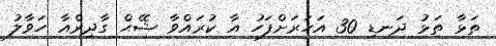
ތަޅާ ތަޅު ދަނޑި 30 އަހަރަށްފަހު އާ ކުރައްވާ ޝޭޙް ގާދިރްއާ ހަވާލު